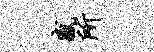
感所